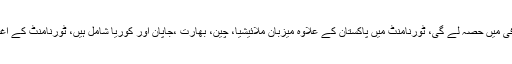
پاکستان سینئر ہاکی ٹیم 20 اکتوبرسے کوآنٹن میں ہونے والی چوتھی ایشین چیمپئنز ٹرافی میں حصہ لے گی، ٹورنامنٹ میں پاکستان کے علاوہ میزبان ملائیشیا، چین، بھارت ،جاپان اور کوریا شامل ہیں، ٹورنامنٹ کے آغاز سے قبل قومی ٹیم 18اکتوبر کو جاپان کیخلاف ایک پریکٹس میچ میں حصہ لے گی۔